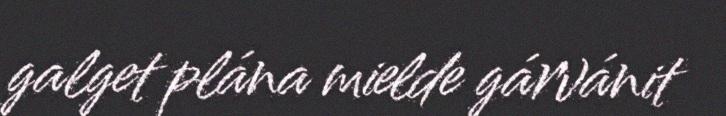
galget plána mielde gárvánit